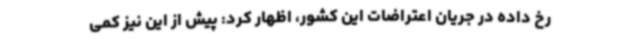
رخ داده در جریان اعتراضات این کشور، اظهار کرد: پیش از این نیز کمی